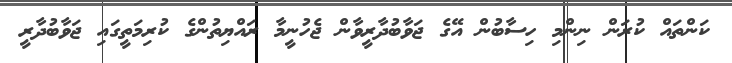
ކަންތައް ކުރަން ނިންމި ހިސާބުން އޭގެ ޖަވާބުދާރީވާން ޖެހުނީމާ ރައްޔިތުންގެ ކުރިމަތީގައި ޖަވާބުދާރީ